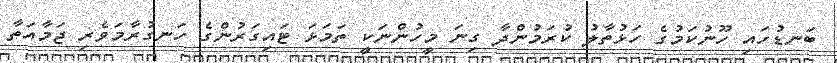
ބަނޑުހައި ހޫނުކަމުގެ ހަޅުތާލު ކުރަމުންދާ ގިނަ މީހުންނަކީ ތަމަޅަ ޓައިގަރުންގެ ހަނގުރާމަވެރި ޖަމާއަތާ